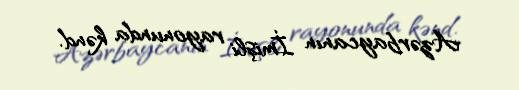
Azərbaycanın İmişli rayonunda kənd.